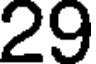
29